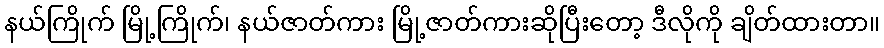
နယ်ကြိုက် မြို့ကြိုက်၊ နယ်ဇာတ်ကား မြို့ဇာတ်ကားဆိုပြီးတော့ ဒီလိုကို ချိတ်ထားတာ။